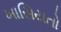
ખાસિયતો